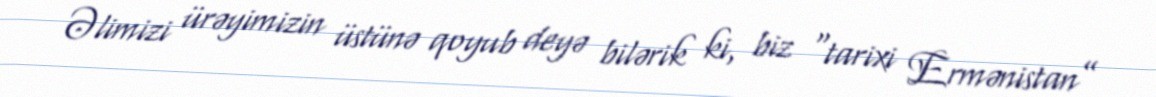
Əlimizi ürəyimizin üstünə qoyub deyə bilərik ki, biz “tarixi Ermənistan”